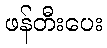
ဖန်တီးပေး